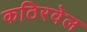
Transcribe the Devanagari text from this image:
कठिरवेल